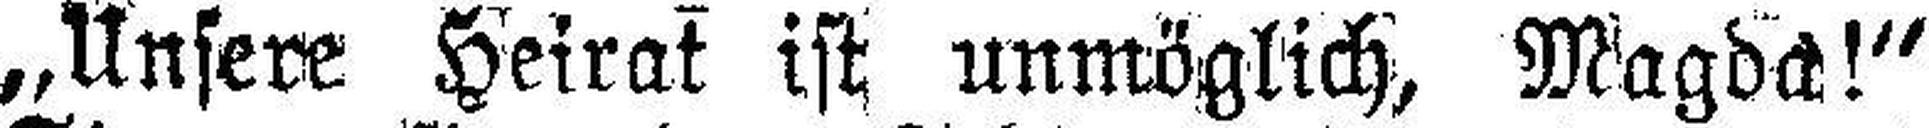
„Unsere Heirat ist unmöglich, Magda!“